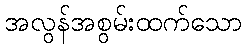
အလွန်အစွမ်းထက်သော